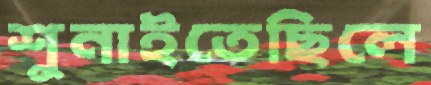
শুনাইতেছিলে